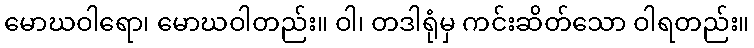
မောဃဝါရော၊ မောဃဝါတည်း။ ဝါ၊ တဒါရုံမှ ကင်းဆိတ်သော ဝါရတည်း။